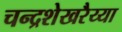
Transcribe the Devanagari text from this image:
चन्द्रशेखरैय्या